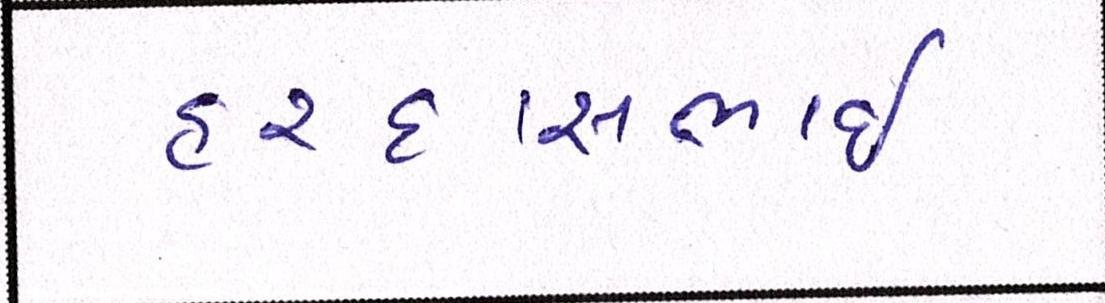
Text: હરદાસભાઇ